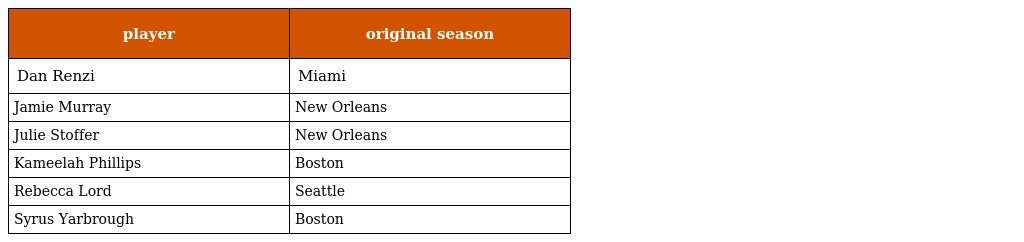
| player | original season |
 | --- | --- |
 | Dan Renzi | Miami |
 | Jamie Murray | New Orleans |
 | Julie Stoffer | New Orleans |
 | Kameelah Phillips | Boston |
 | Rebecca Lord | Seattle |
 | Syrus Yarbrough | Boston |